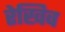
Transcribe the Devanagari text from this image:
रेखिव